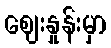
ဈေးနှုန်းမှာ